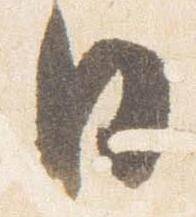
日